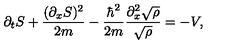
\partial _ { t } S + \frac { ( \partial _ { x } S ) ^ { 2 } } { 2 m } - \frac { \hbar ^ { 2 } } { 2 m } \frac { \partial _ { x } ^ { 2 } \sqrt { \rho } } { \sqrt { \rho } } = - V ,